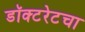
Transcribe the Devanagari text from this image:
डॉक्टरेटचा